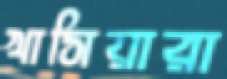
খাসিয়ারা